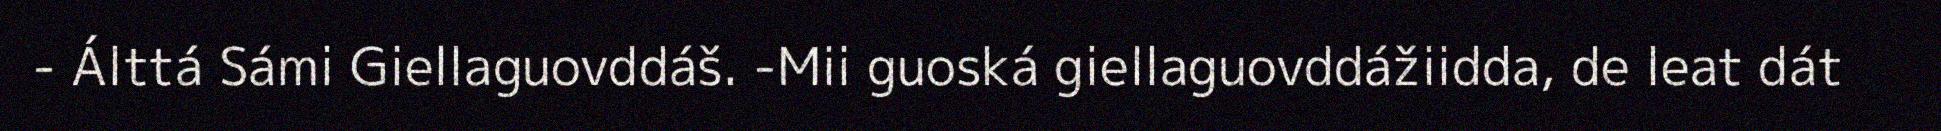
- Álttá Sámi Giellaguovddáš. -Mii guoská giellaguovddážiidda, de leat dát